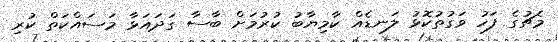
މެޗުގެ ފަހު ވަގުތުކޮޅު ލަނޑެއް ކާމިޔާބު ކުރުމަށް ބާސާ ގަދައަޅާ މަސައްކަތް ކުރި